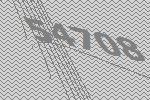
54708